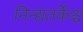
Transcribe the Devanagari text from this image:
निन्द्यतर्केश्च